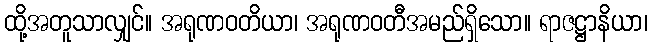
ထို့အတူသာလျှင်။ အရုဏဝတိယာ၊ အရုဏဝတီအမည်ရှိသော။ ရာဇဋ္ဌာနိယာ၊